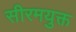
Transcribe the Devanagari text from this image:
सीरमयुक्त